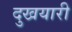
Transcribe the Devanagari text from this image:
दुखयारी